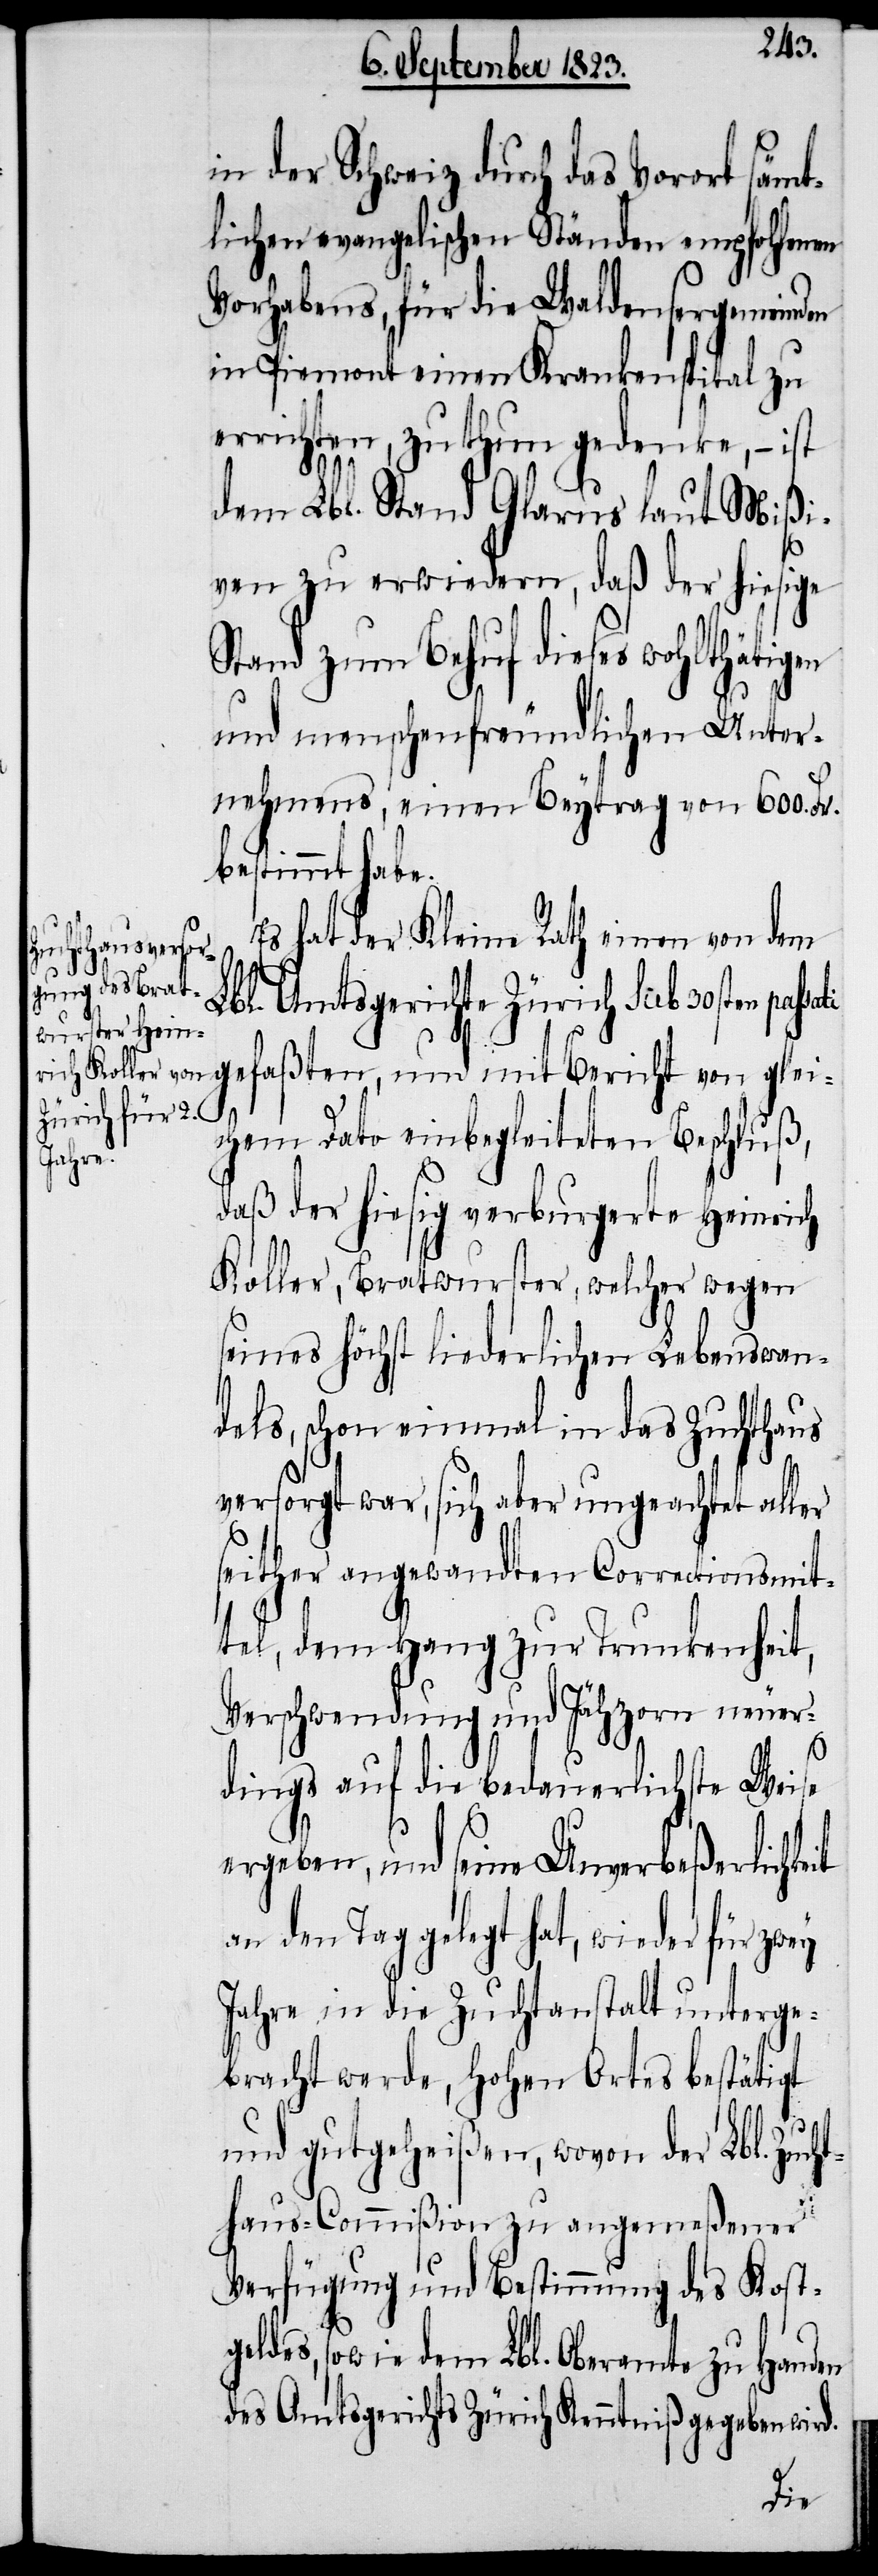
in der Schweiz durch das Vorort sämt¬
lichen evangelischen Ständen empfohlenen
Vorhabens, für die Waldensergemeinden
in Piemont einen Krankenspital zu
errichten, zu thun gedenke, − ist
dem Lbl. Stand Glarus laut Mißi¬
ven zu erwiedern, daß der hiesige
Stand zum Behuf dieses wohlthätigen
und menschenfreundlichen Unter¬
nehmens, einen Beytrag von 600. Fr.
bestimmt habe.
Es hat der Kleine Rath einen von dem
bl. Amtsgerichte Zürich sub 30sten pa¬
ssati gefaßten, und mit Bericht von glei¬
L¬
chem Dato einbegleiteten Beschluß,
daß der hiesig verburgerte Heinrich
Koller, Bratwurster, welcher wegen
seines höchst liederlichen Lebenswan¬
dels, schon einmal in das Zuchthaus
versorgt war, sich aber ungeachtet aller
seither angewandten Correctionsmit¬
tel, dem Hang zur Trunkenheit,
Verschwendung und Jähzorn neuer¬
it
dings auf die bedauerlichste Weise
ergeben, und seine Unverbeßerlichke¬
an den Tag gelegt hat, wieder für
Jahre in die Zuchtanstalt unterge¬
bracht werde, Hohen Ortes bestätigt
und gutgeheißen, wovon der Lbl. Zucht¬
haus-Commißion zu angemeßener
Verfügung und Bestimmung des Kostg¬
eldes, sowie dem Lbl. Oberamte zu Handen
des Amtsgerichts Zürich Kenntniß gegeben wird.